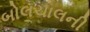
બોલચાલની